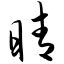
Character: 睛